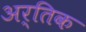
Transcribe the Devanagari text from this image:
अर्तिक